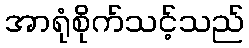
အာရုံစိုက်သင့်သည်